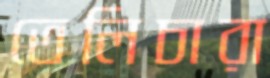
তেলিচারা